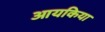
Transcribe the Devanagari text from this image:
आयकिया